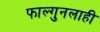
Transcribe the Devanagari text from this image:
फाल्गुनलाही